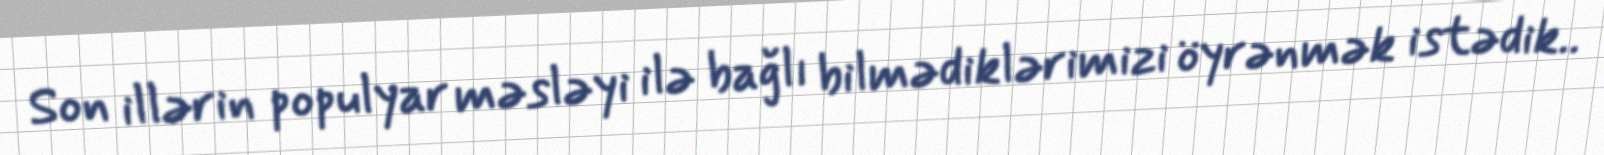
Son illərin populyar məsləyi ilə bağlı bilmədiklərimizi öyrənmək istədik..